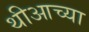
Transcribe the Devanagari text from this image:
थीआच्या